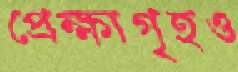
প্রেক্ষাগৃহও